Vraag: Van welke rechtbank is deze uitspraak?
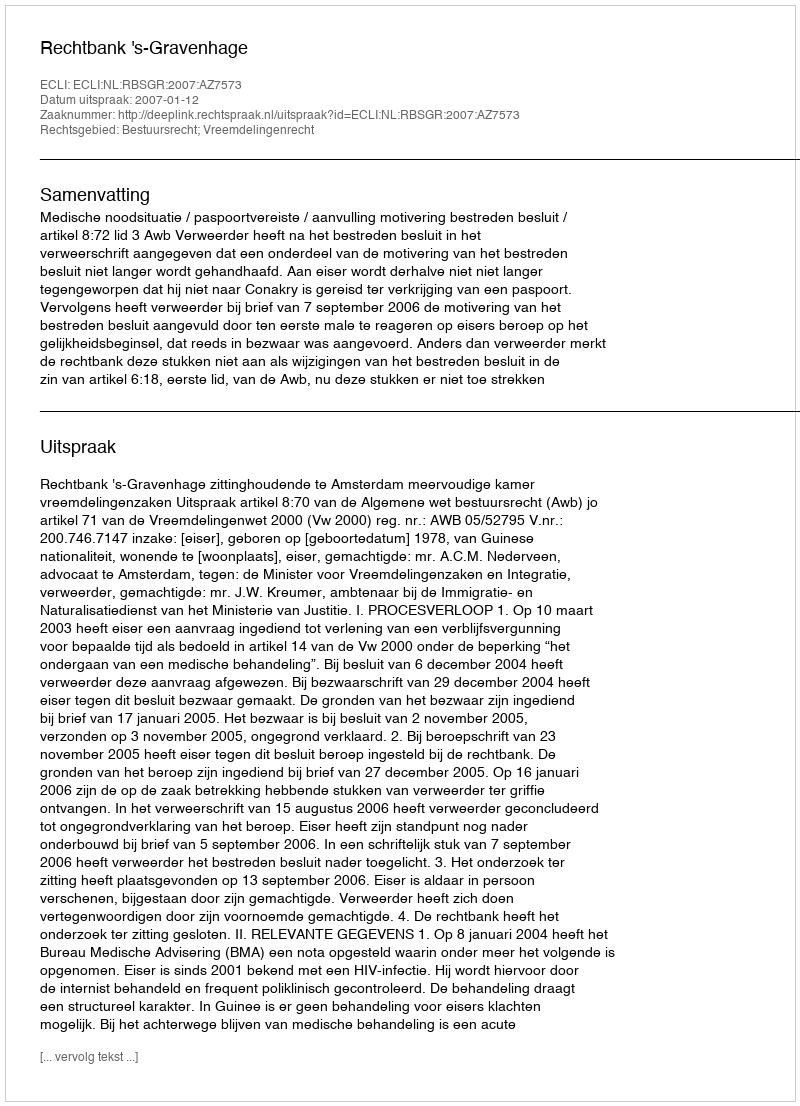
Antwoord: Rechtbank 's-Gravenhage